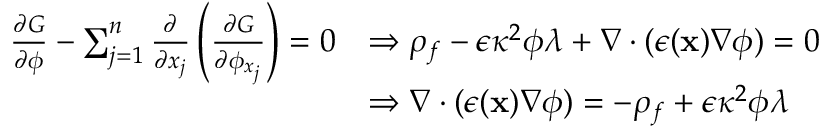
\begin{array} { r l } { \frac { \partial G } { \partial \phi } - \sum _ { j = 1 } ^ { n } \frac { \partial } { \partial x _ { j } } \left( \frac { \partial G } { \partial \phi _ { x _ { j } } } \right) = 0 } & { \Rightarrow \rho _ { f } - \epsilon \kappa ^ { 2 } \phi \lambda + \nabla \cdot ( \epsilon ( \mathbf { x } ) \nabla \phi ) = 0 } \\ & { \Rightarrow \nabla \cdot ( \epsilon ( \mathbf { x } ) \nabla \phi ) = - \rho _ { f } + \epsilon \kappa ^ { 2 } \phi \lambda } \end{array}